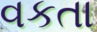
વકતા